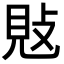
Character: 𢽕